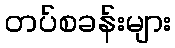
တပ်စခန်းများ